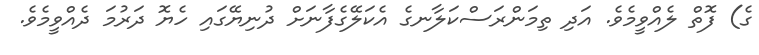
ގެ) ފޮތް ލެއްވީމެވެ. އަދި ތިމަންރަސްކަލާނގެ އެކަލޭގެފާނަށް ދުނިޔޭގައި ހެޔޮ ދަރުމަ ދެއްވީމެވެ.